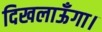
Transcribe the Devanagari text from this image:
दिखलाऊँगा।